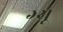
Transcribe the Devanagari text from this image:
ग्र्यू